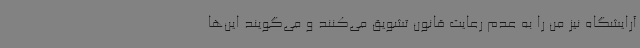
آرایشگاه نیز من را به عدم رعایت قانون تشویق می‌کنند و می‌گویند این‌ها